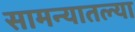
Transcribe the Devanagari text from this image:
सामन्यातल्या